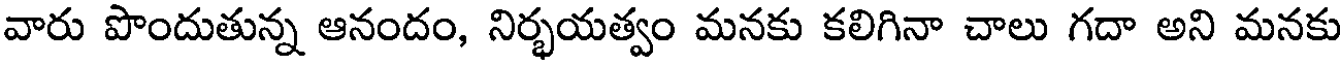
వారు పొందుతున్న ఆనందం, నిర్భయత్వం మనకు కలిగినా చాలు గదా అని మనకు